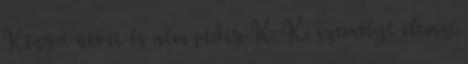
Kinga nevet és nem pedig K. K. személyt elemzi